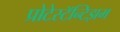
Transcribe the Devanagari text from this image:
प्रोटेस्टॅन्टिझम